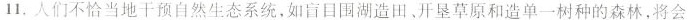
11.人们不恰当地干预自然生态系统，如盲目围湖造田、开垦草原和造单一树种的森林，将会